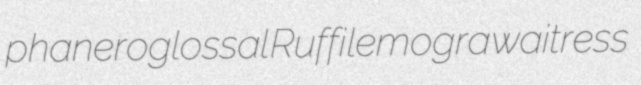
phaneroglossal Ruffi lemogra waitress